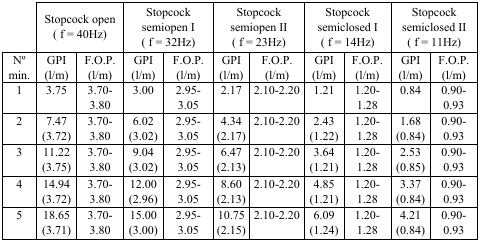
<table><thead><tr><td></td><td colspan="2"><b>Stopcock open (f = 40Hz)</b></td><td colspan="2"><b>Stopcock semiopen I (f = 32Hz)</b></td><td colspan="2"><b>Stopcock semiopen II (f = 23Hz)</b></td><td colspan="2"><b>Stopcock semiclosed I (f = 14Hz)</b></td><td colspan="2"><b>Stopcock semiclosed II (f = 11Hz)</b></td></tr></thead><tbody><tr><td>N° min.</td><td>GPI (l/m)</td><td>F.O.P. (l/m)</td><td>GPI (l/m)</td><td>F.O.P. (l/m)</td><td>GPI (l/m)</td><td>F.O.P. (l/m)</td><td>GPI (l/m)</td><td>F.O.P. (l/m)</td><td>GPI (l/m)</td><td>F.O.P. (l/m)</td></tr><tr><td>1</td><td>3.75</td><td>3.70-3.80</td><td>3.00</td><td>2.95-3.05</td><td>2.17</td><td>2.10-2.20</td><td>1.21</td><td>1.20-1.28</td><td>0.84</td><td>0.90- 0.93</td></tr><tr><td>2</td><td>7.47 (3.72)</td><td>3.70-3.80</td><td>6.02 (3.02)</td><td>2.95-3.05</td><td>4.34 (2.17)</td><td>2.10-2.20</td><td>2.43 (1.22)</td><td>1.20-1.28</td><td>1.68 (0.84)</td><td>0.90- 0.93</td></tr><tr><td>3</td><td>11.22 (3.75)</td><td>3.70-3.80</td><td>9.04 (3.02)</td><td>2.95-3.05</td><td>6.47 (2.13)</td><td>2.10-2.20</td><td>3.64 (1.21)</td><td>1.20-1.28</td><td>2.53 (0.85)</td><td>0.90- 0.93</td></tr><tr><td>4</td><td>14.94 (3.72)</td><td>3.70-3.80</td><td>12.00 (2.96)</td><td>2.95-3.05</td><td>8.60 (2.13)</td><td>2.10-2.20</td><td>4.85 (1.21)</td><td>1.20-1.28</td><td>3.37 (0.84)</td><td>0.90- 0.93</td></tr><tr><td>5</td><td>18.65 (3.71)</td><td>3.70-3.80</td><td>15.00 (3.00)</td><td>2.95-3.05</td><td>10.75 (2.15)</td><td>2.10-2.20</td><td>6.09 (1.24)</td><td>1.20-1.28</td><td>4.21 (0.84)</td><td>0.90- 0.93</td></tr></tbody></table>